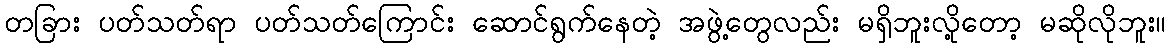
တခြား ပတ်သတ်ရာ ပတ်သတ်ကြောင်း ဆောင်ရွက်နေတဲ့ အဖွဲ့တွေလည်း မရှိဘူးလို့တော့ မဆိုလိုဘူး။